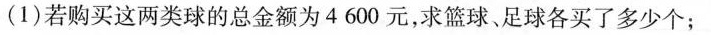
(1)若购买这两类球的总金额为4600元，求篮球、足球各买了多少个；